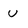
Character: u